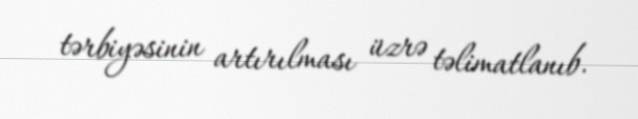
tərbiyəsinin artırılması üzrə təlimatlanıb.